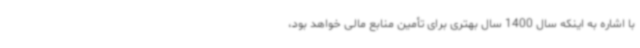
با اشاره به اینکه سال 1400 سال بهتری برای تأمین منابع مالی خواهد بود،